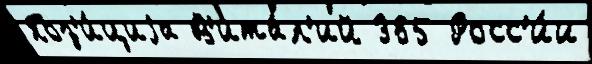
Поз'и́циjа В'ита́л'ий 365 Росс'и́и